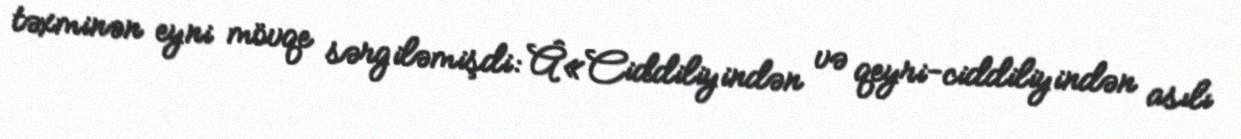
təxminən eyni mövqe sərgiləmişdi: Â«Ciddiliyindən və qeyri-ciddiliyindən asılı